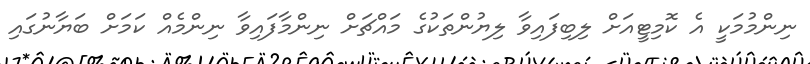
ނިންމުމަކީ އެ ކޮމިޓީއަށް ލިބިފައިވާ ލިޔުންތަކުގެ މައްޗަށް ނިންމާފައިވާ ނިންމެއް ކަމަށް ބަޔާނުގައި